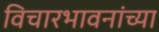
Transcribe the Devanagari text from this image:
विचारभावनांच्या